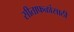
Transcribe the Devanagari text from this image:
सीताफळांसाठी